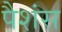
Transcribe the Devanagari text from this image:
पैशंस